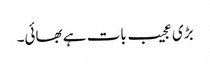
بڑی عجیب بات ہے بھائی۔